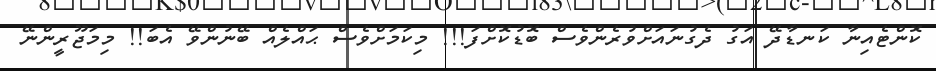
ކޮންޓެއިނާ ކަނޑާދޭ އަގު ދެގުނައަށްވުރެންވެސް ބޮޑުކޮށްފަ!!! މިކަމަށްވެސް ޙައްލެއް ބޭނުންވޭ އެބަ!! މިމަޖޫރީންނޭ